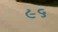
૯૬